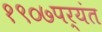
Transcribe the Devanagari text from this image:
१९०७पर्यंत